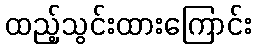
ထည့်သွင်းထားကြောင်း